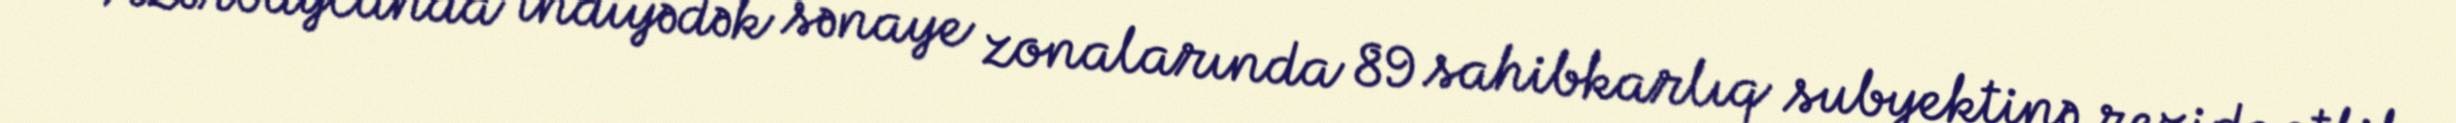
Azərbaycanda indiyədək sənaye zonalarında 89 sahibkarlıq subyektinə rezidentlik